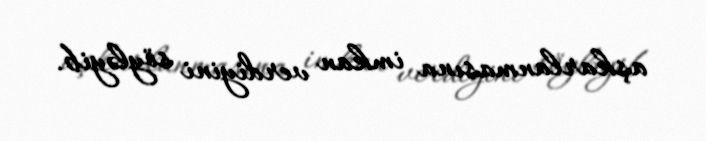
aşkarlanmasına imkan verdiyini söyləyib.